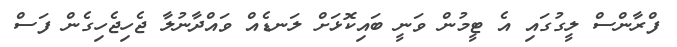
ފްރާންސް ލީގުގައި އެ ޓީމުން ވަނީ ބައިކޮޅަށް ލަނޑެއް ވައްދާނުލާ ޖެހިޖެހިގެން ފަސް